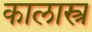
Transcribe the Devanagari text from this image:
कालास्त्र